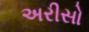
અરીસો